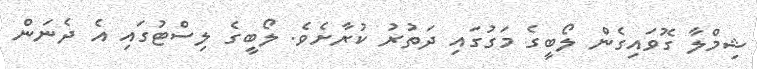
ޝިމްލާ ގޮވައިގެން ލޯބީގެ މަގުގައި ދަތުރު ކުރާށެވެ. ލޯބީގެ ލިސްޓުގައި އެ ދެނަން